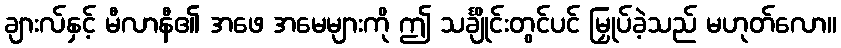
ချားလ်နှင့် မီလာနီ၏ အဖေ အမေများကို ဤ သင်္ချိုင်းတွင်ပင် မြှုပ်ခဲ့သည် မဟုတ်လော။